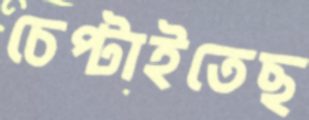
চেপ্‌টাইতেছ